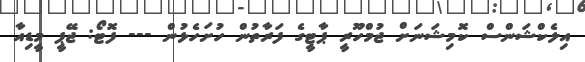
އިލެކްޝަންސް ކޮމިޝަނަށް ޖުމްހޫރީ ޕާޓީގެ ފަރާތުން ހުށަހެޅުން --- ފޮޓޯ: ޖޭޕީ މީޑިއާ